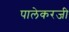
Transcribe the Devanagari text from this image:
पालेकरजी